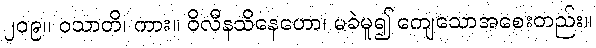
၂၀၉။ ဝသာတိ၊ ကား။ ဝိလီနသိနေဟော၊ မခဲမူ၍ ကျေသောအစေးတည်း။